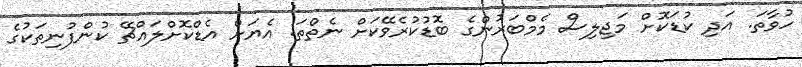
ހުވާތަ. އަދި ކުޑަކޮށް މަޖިލިސް މެމްބަރުންގެ ބޮޑުކުރެވޭކަށް ނެތްތަ. އެޔަށް އެޑްކޮށްލައްޗޭ ކުންފުނިތަކުގެ